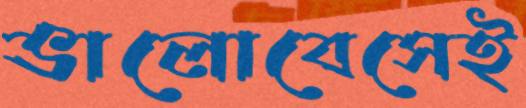
ভালোবেসেই